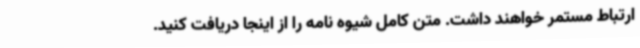
ارتباط مستمر خواهند داشت. متن کامل شیوه نامه را از اینجا دریافت کنید.